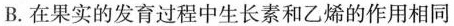
B.在果实的发育过程中生长素和乙烯的作用相同